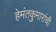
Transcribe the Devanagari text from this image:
हेमंतकुमारांची